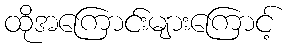
ထိုအကြောင်းများကြောင့်